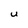
Character: U